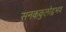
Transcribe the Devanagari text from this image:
सनककुलोद्वभव